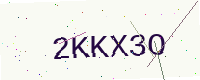
Text: 2KKX3O